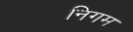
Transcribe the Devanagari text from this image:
निगम